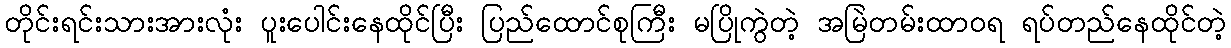
တိုင်းရင်းသားအားလုံး ပူးပေါင်းနေထိုင်ပြီး ပြည်ထောင်စုကြီး မပြိုကွဲတဲ့ အမြဲတမ်းထာဝရ ရပ်တည်နေထိုင်တဲ့